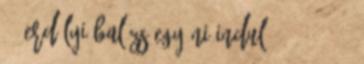
11 Erdélyi Balázs egyéni induló 38 1 38 12